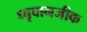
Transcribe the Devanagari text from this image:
ध्वृवानजीक